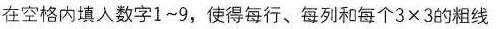
在空格内填入数字1~9，使得每行、每列和每个 $$3 \times 3$$的粗线